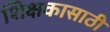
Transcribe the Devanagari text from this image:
शिक्षकासाठी